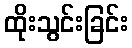
ထိုးသွင်းခြင်း